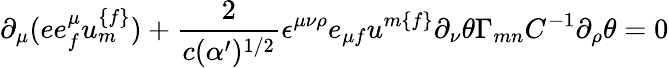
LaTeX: \partial_{\mu}(ee_{{f}}^{\mu}u_{{m}}^{{\{ f\} }})+{\frac{2}{c(\alpha^{\prime})^{{1/2}}}}\epsilon^{\mu\nu\rho}e_{\mu{f}}u^{{m\{ f\} }}\partial_{\nu}\theta\Gamma_{{mn}}C^{-{1}}\partial_{\rho}\theta=0